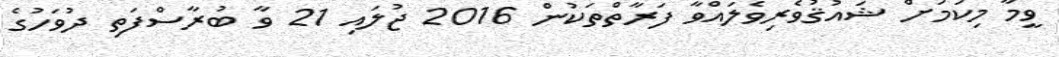
ވީމާ މިކަމަށް ޝައުޤުވެރިވެލައްވާ ފަރާތްތަކުން 2016 ޖުލައި 21 ވާ ބުރާސްފަތި ދުވަހުގެ